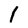
Character: i